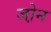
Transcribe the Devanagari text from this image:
जो़न